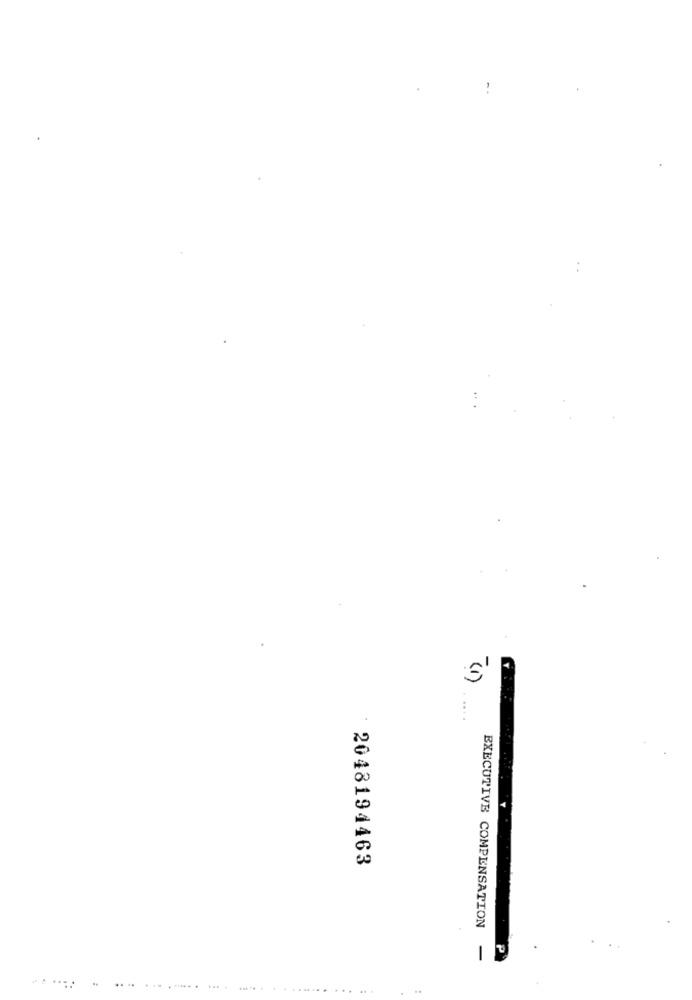
(1)
2048194463
EXECUTIVE COMPENSATION
-
........